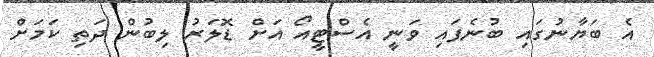
އެ ބަޔާނުގައި ބުނެފައި ވަނީ އެސްޓީއޯ އަށް ޑޮލަރު ލިބުން ދަތި ކަމަށް